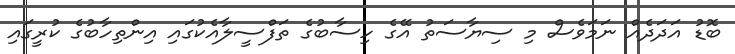
ބޮޑު އަދަދެއް ނަމަވެސް މި ސިޔާސަތު އޭގެ ހިސާބުގެ ތަފްސީލާއެކުގައި އިންތިހާބުގެ ކުރީގައި